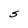
Character: S